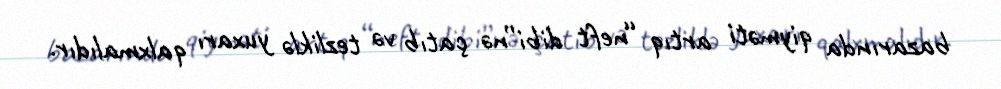
bazarında qiyməti artıq “neft dibi”nə çatıb və tezliklə yuxarı qalxmalıdır.